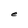
Character: e